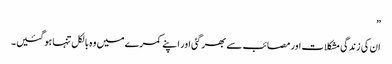
”
ان کی زندگی مشکلات اور مصائب سے بھر گئی اور اپنے کمرے میں وہ بالکل تنہا ہوگئیں۔